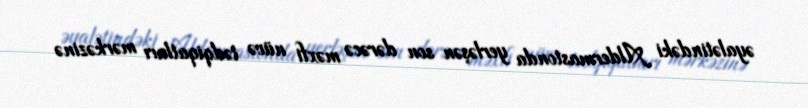
əyalətindəki Aldermastonda yerləşən son dərəcə məxfi nüvə tədqiqatları mərkəzinə